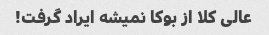
عالی کلا از بوکا نمیشه ایراد گرفت!